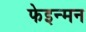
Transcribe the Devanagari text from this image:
फेइन्मन